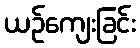
ယဉ်ကျေးခြင်း